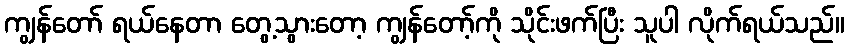
ကျွန်တော် ရယ်နေတာ တွေ့သွားတော့ ကျွန်တော့်ကို သိုင်းဖက်ပြီး သူပါ လိုက်ရယ်သည်။